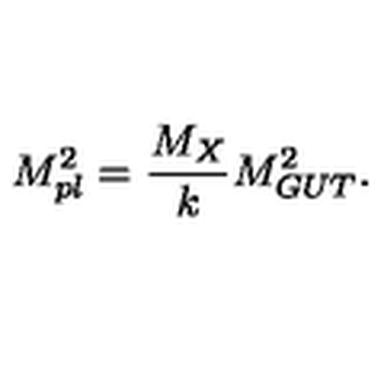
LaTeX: M _ { p l } ^ { 2 } = { \frac { M _ { X } } { \displaystyle { k } } } M _ { G U T } ^ { 2 } . \,